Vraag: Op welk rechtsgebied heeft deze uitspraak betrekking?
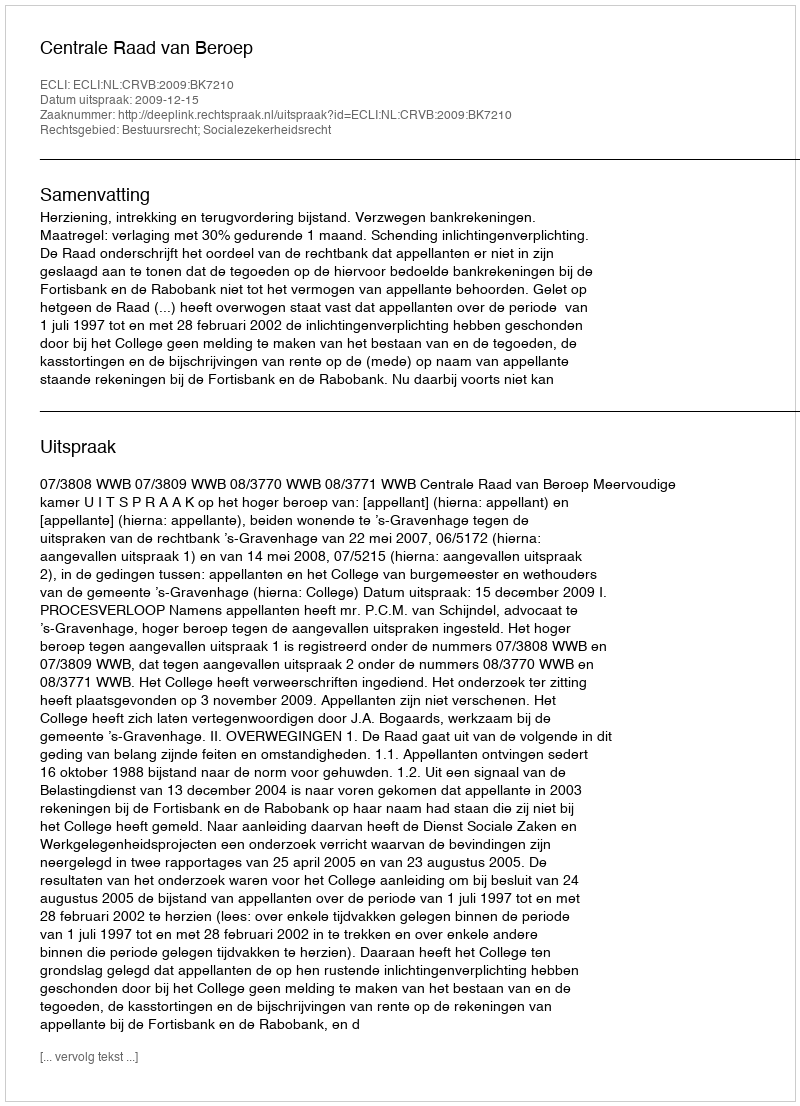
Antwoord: Bestuursrecht; Socialezekerheidsrecht